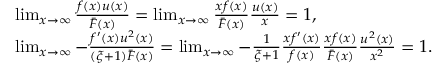
\begin{array} { r l } & { \operatorname* { l i m } _ { x \rightarrow \infty } \frac { f ( x ) u ( x ) } { \bar { F } ( x ) } = \operatorname* { l i m } _ { x \rightarrow \infty } \frac { x f ( x ) } { \bar { F } ( x ) } \frac { u ( x ) } { x } = 1 , } \\ & { \operatorname* { l i m } _ { x \rightarrow \infty } - \frac { f ^ { \prime } ( x ) u ^ { 2 } ( x ) } { ( \xi + 1 ) \bar { F } ( x ) } = \operatorname* { l i m } _ { x \rightarrow \infty } - \frac { 1 } { \xi + 1 } \frac { x f ^ { \prime } ( x ) } { f ( x ) } \frac { x f ( x ) } { \bar { F } ( x ) } \frac { u ^ { 2 } ( x ) } { x ^ { 2 } } = 1 . } \end{array}